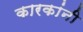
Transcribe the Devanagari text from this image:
कारकांनी